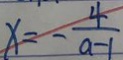
x = - \frac { 4 } { a - 1 }